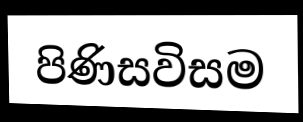
පිණිසවිසම